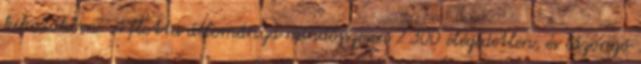
kikötőkben. A flotta állománya mindösszesen 2.300 elégedetlen, és lázongó